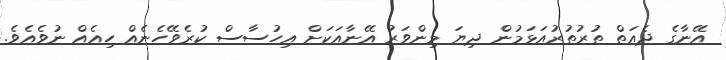
އޭނާގެ ދެއަތް ތުރުތުރުއަޅަމުން ދިޔަ މިންވަރު އޭނާއަކަށް އިހުސާސް ކުރެވޭހެނެއް ހިއެއް ނުވެއެވެ.